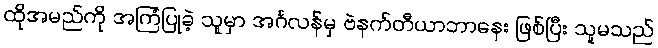
ထိုအမည်ကို အကြံပြုခဲ့ သူမှာ အင်္ဂလန်မှ ဗဲနက်တီယာဘာနေး ဖြစ်ပြီး သူမသည်